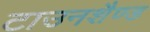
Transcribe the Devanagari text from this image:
टाउनशैण्ड